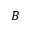
B